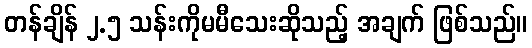
တန်ချိန် ၂.၅ သန်းကိုမမီသေးဆိုသည့် အချက် ဖြစ်သည်။